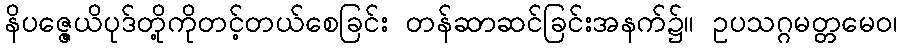
နိပဇ္ဇေယိပုဒ်တို့ကိုတင့်တယ်စေခြင်း တန်ဆာဆင်ခြင်းအနက်၌။ ဥပသဂ္ဂမတ္တမေဝ၊